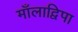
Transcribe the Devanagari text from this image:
माँलाद्विपा